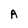
Character: A